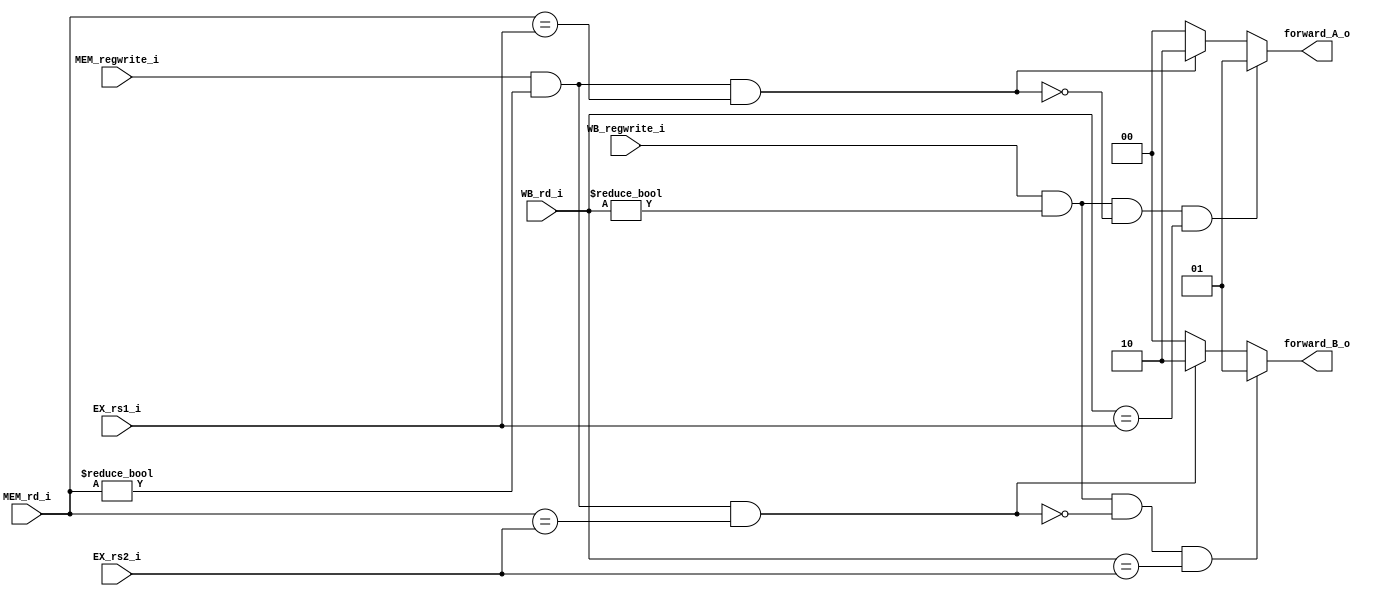
module Forwardingunit(
    EX_rs1_i,
    EX_rs2_i,
    MEM_regwrite_i,
    MEM_rd_i,
    WB_rd_i,
    WB_regwrite_i,
    forward_A_o,
    forward_B_o
);


input [4:0] EX_rs1_i;
input [4:0] EX_rs2_i;
input MEM_regwrite_i;
input [4:0] MEM_rd_i;
input [4:0] WB_rd_i;
input WB_regwrite_i;

output [1:0] forward_A_o;
output [1:0] forward_B_o;

reg [1:0] forward_A_o;
reg [1:0] forward_B_o;


always @ (EX_rs1_i or EX_rs2_i or MEM_regwrite_i or MEM_rd_i or WB_regwrite_i or WB_rd_i) begin
    forward_A_o = 2'b00;
    forward_B_o = 2'b00;

    // EX hazard
    if (MEM_regwrite_i && (MEM_rd_i != 0) && (MEM_rd_i == EX_rs1_i)) begin
        forward_A_o = 2'b10;
    end
    if (MEM_regwrite_i && (MEM_rd_i != 0) && (MEM_rd_i == EX_rs2_i)) begin
        forward_B_o = 2'b10;
    end

    // MEM hazard
    if (WB_regwrite_i && (WB_rd_i != 0) && !(MEM_regwrite_i && (MEM_rd_i != 0) && (MEM_rd_i == EX_rs1_i)) && (WB_rd_i == EX_rs1_i)) begin
        forward_A_o = 2'b01;
    end
    if (WB_regwrite_i && (WB_rd_i != 0) && !(MEM_regwrite_i && (MEM_rd_i != 0) && (MEM_rd_i == EX_rs2_i)) && (WB_rd_i == EX_rs2_i)) begin
        forward_B_o = 2'b01;
    end
end

endmodule